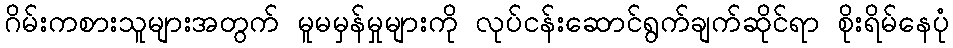
ဂိမ်းကစားသူများအတွက် မူမမှန်မှုများကို လုပ်ငန်းဆောင်ရွက်ချက်ဆိုင်ရာ စိုးရိမ်နေပုံ